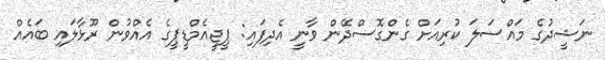
ނަޝީދުގެ މައްސަލަ ކުރިއަށް ގެންގޮސްދޭން ވާނީ އެދިފައި: ޕީޖީއެމްޑީޕީގެ އެއްވުން ރޫޅާލައި ބައެއް